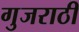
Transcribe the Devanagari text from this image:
गुजराठी